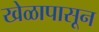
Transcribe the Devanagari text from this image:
खेळापासून